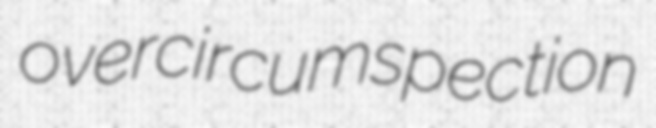
overcircumspection